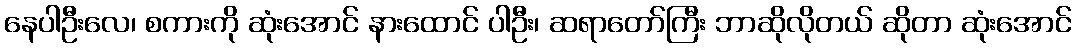
နေပါဦးလေ၊ စကားကို ဆုံးအောင် နားထောင် ပါဦး၊ ဆရာတော်ကြီး ဘာဆိုလိုတယ် ဆိုတာ ဆုံးအောင်